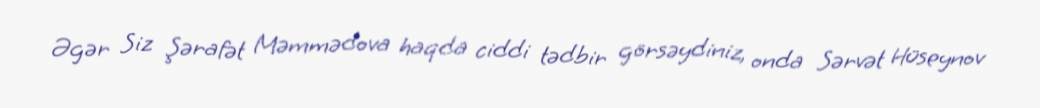
Əgər Siz Şərafət Məmmədova haqda ciddi tədbir görsəydiniz, onda Sərvət Hüseynov